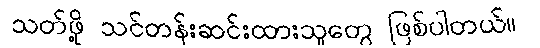
သတ်ဖို့ သင်တန်းဆင်းထားသူတွေ ဖြစ်ပါတယ်။